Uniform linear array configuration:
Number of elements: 16
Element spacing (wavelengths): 0.75
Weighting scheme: binomial
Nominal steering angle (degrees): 60
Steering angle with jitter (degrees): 58.323
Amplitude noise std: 0.05
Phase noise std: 0.05

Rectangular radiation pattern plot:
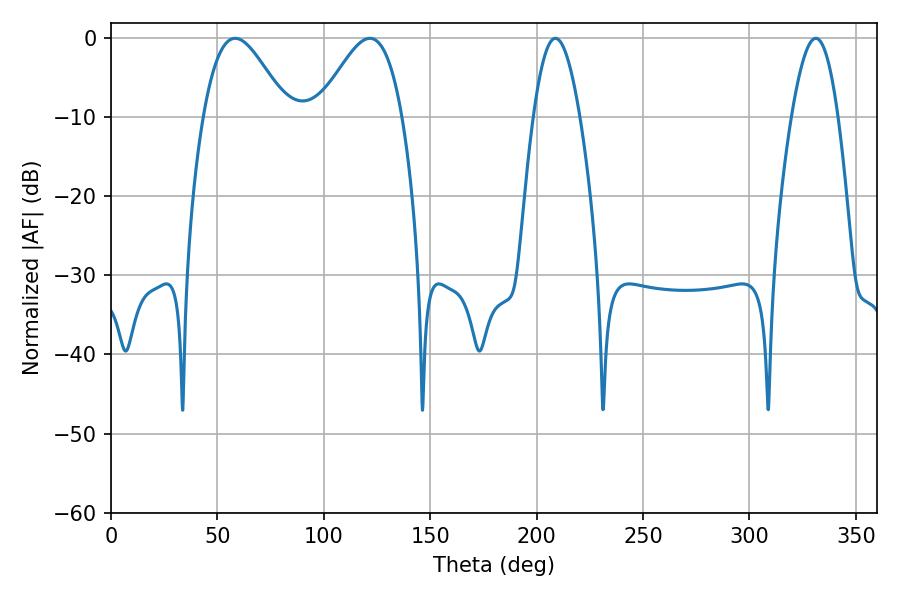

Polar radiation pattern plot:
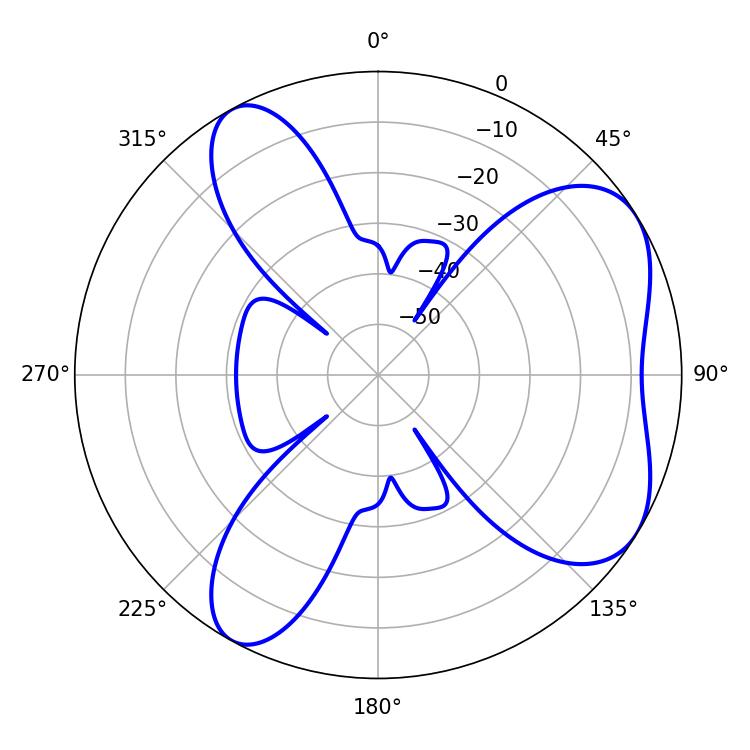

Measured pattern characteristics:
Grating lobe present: TRUE
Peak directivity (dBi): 5.923
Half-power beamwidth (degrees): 21.06
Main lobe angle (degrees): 58.32